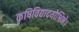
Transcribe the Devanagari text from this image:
कृषिविद्यादयोश्विभे।